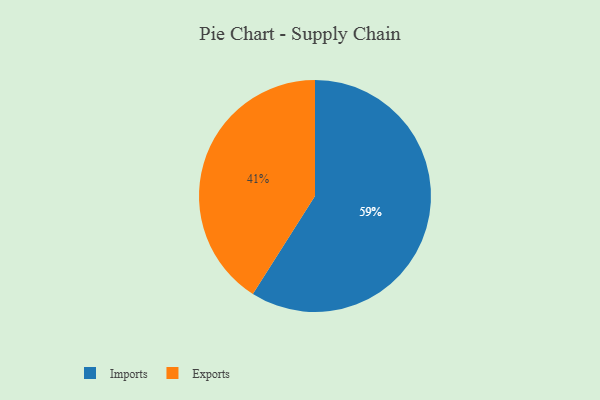
{"axis": {"x": "Category", "y": "Percentage"}, "legend": ["Exports", "Imports"], "data": [{"x": "Exports", "y": 41, "type": "Exports"}, {"x": "Imports", "y": 59, "type": "Imports"}]}